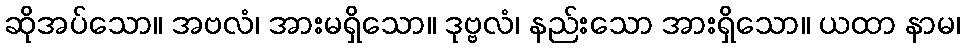
ဆိုအပ်သော။ အဗလံ၊ အားမရှိသော။ ဒုဗ္ဗလံ၊ နည်းသော အားရှိသော။ ယထာ နာမ၊